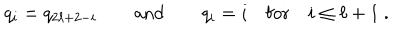
q _ { i } = q _ { 2 \ell + 2 - i } \qquad \mathrm { a n d } \qquad q _ { i } = i \quad \mathrm { f o r } \quad i \leq \ell + 1 ~ .